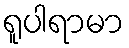
ရူပါရာမာ